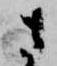
さ